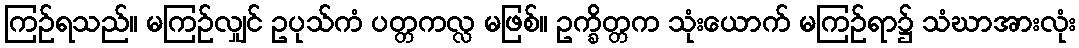
ကြဉ်ရသည်။ မကြဉ်လျှင် ဥပုသ်ကံ ပတ္တကလ္လ မဖြစ်။ ဥက္ခိတ္တက သုံးယောက် မကြဉ်ရာ၌ သံဃာအားလုံး